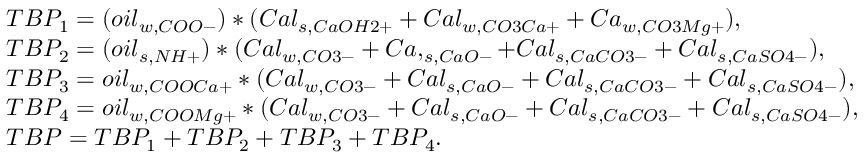
\begin{array} { r l } & { T B P _ { 1 } = ( o i l _ { w , C O O - } ) * ( C a l _ { s , C a O H 2 + } + C a l _ { w , C O 3 C a + } + C a _ { w , C O 3 M g + } ) , } \\ & { T B P _ { 2 } = ( o i l _ { s , N H + } ) * ( C a l _ { w , C O 3 - } + C a , _ { s , C a O - } + C a l _ { s , C a C O 3 - } + C a l _ { s , C a S O 4 - } ) , } \\ & { T B P _ { 3 } = o i l _ { w , C O O C a + } * ( C a l _ { w , C O 3 - } + C a l _ { s , C a O - } + C a l _ { s , C a C O 3 - } + C a l _ { s , C a S O 4 - } ) , } \\ & { T B P _ { 4 } = o i l _ { w , C O O M g + } * ( C a l _ { w , C O 3 - } + C a l _ { s , C a O - } + C a l _ { s , C a C O 3 - } + C a l _ { s , C a S O 4 - } ) , } \\ & { T B P = T B P _ { 1 } + T B P _ { 2 } + T B P _ { 3 } + T B P _ { 4 } . } \end{array}